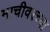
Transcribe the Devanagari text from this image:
माचीवरच्या